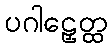
ပဂါဠှေတ္ထ